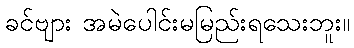
ခင်ဗျား အမဲပေါင်းမမြည်းရသေးဘူး။